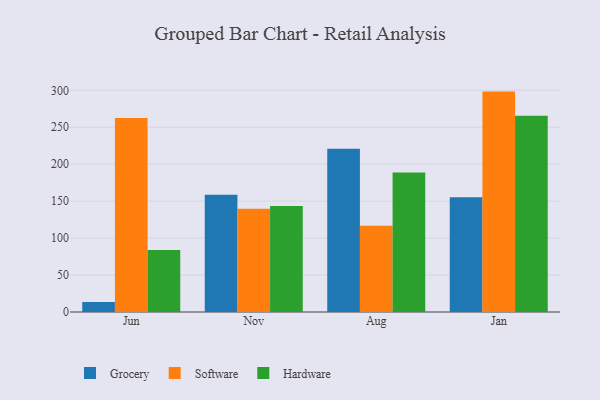
{"axis": {"x": "Month", "y": "Population (Million)"}, "legend": ["Grocery", "Hardware", "Software"], "data": [{"x": "Jun", "y": 13.4, "type": "Grocery"}, {"x": "Jun", "y": 262.5, "type": "Software"}, {"x": "Jun", "y": 83.9, "type": "Hardware"}, {"x": "Nov", "y": 158.6, "type": "Grocery"}, {"x": "Nov", "y": 139.8, "type": "Software"}, {"x": "Nov", "y": 143.5, "type": "Hardware"}, {"x": "Aug", "y": 220.9, "type": "Grocery"}, {"x": "Aug", "y": 116.6, "type": "Software"}, {"x": "Aug", "y": 188.7, "type": "Hardware"}, {"x": "Jan", "y": 155.3, "type": "Grocery"}, {"x": "Jan", "y": 298.3, "type": "Software"}, {"x": "Jan", "y": 265.6, "type": "Hardware"}]}